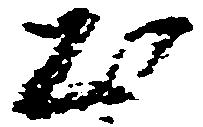
出